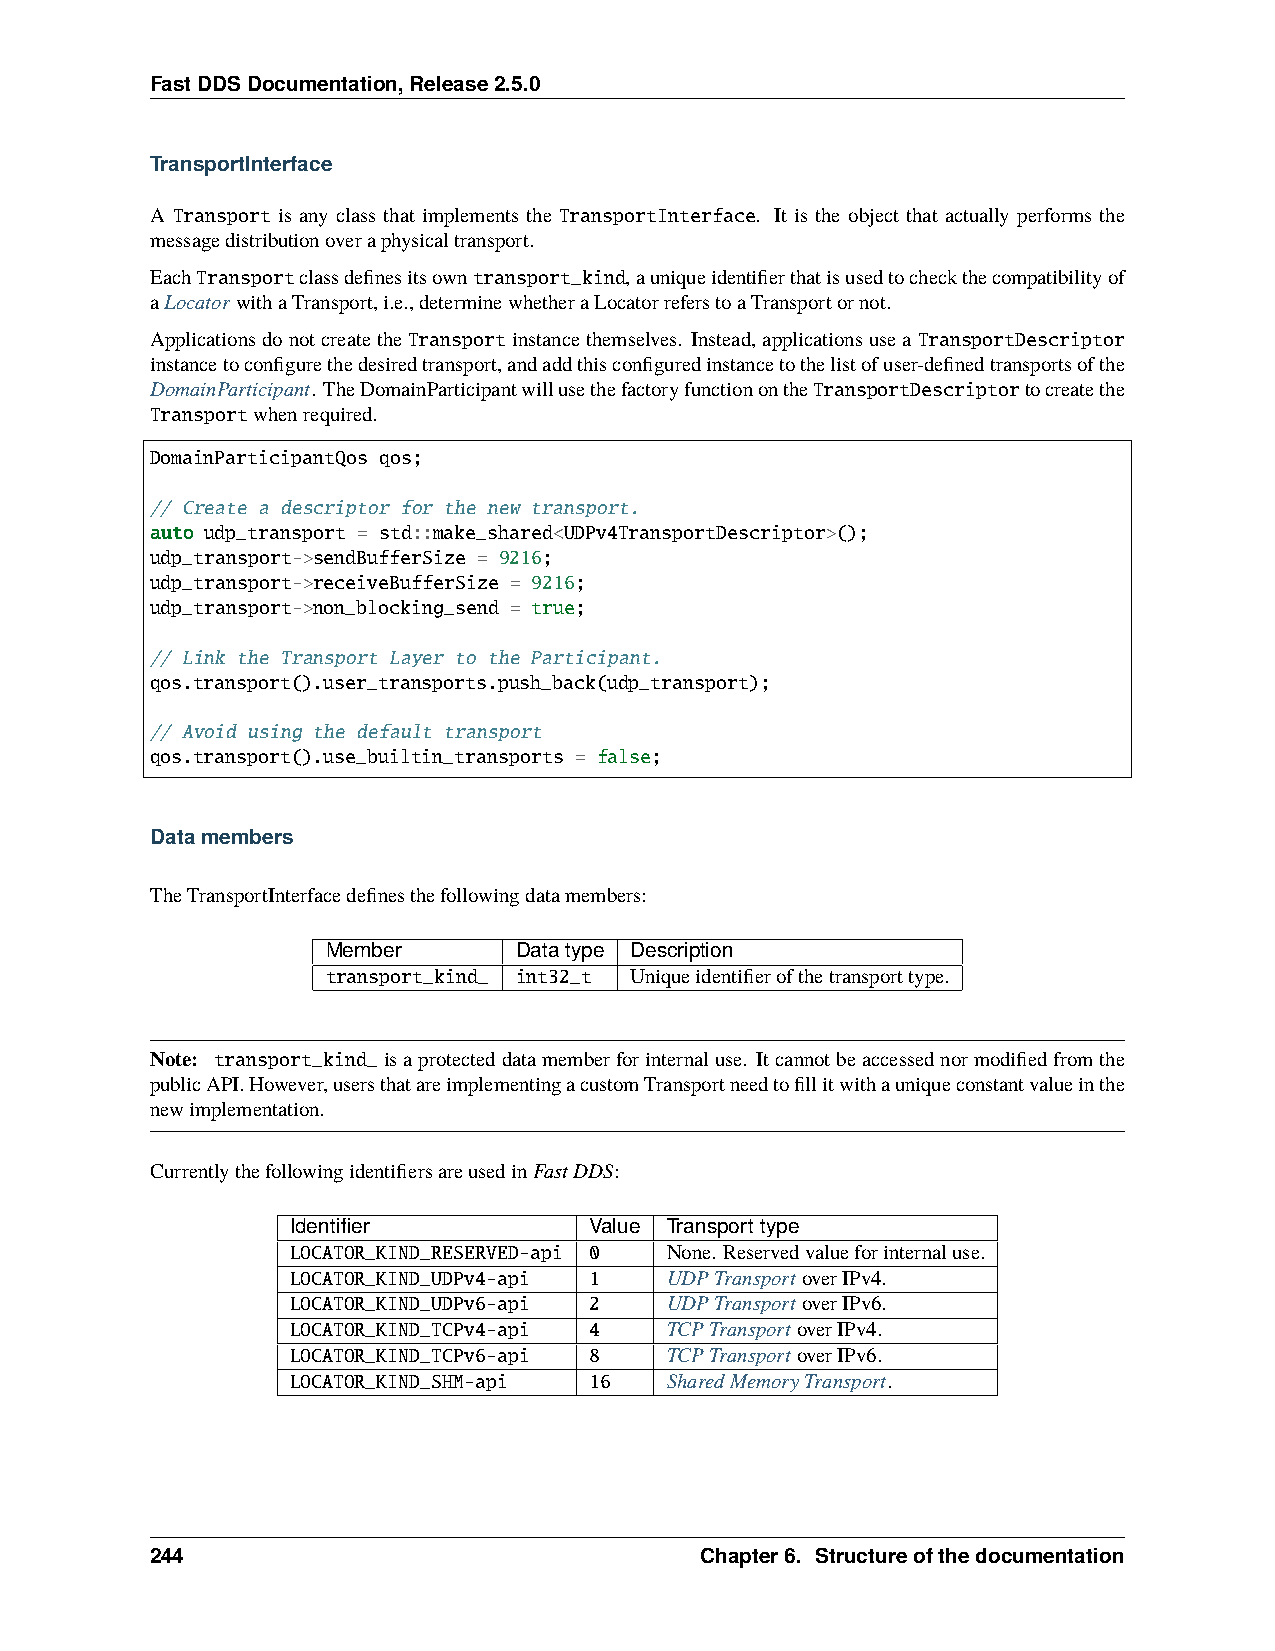
FastDDSDocumentation,Release2.5.0
 TransportInterface
 A Transport is any class that implements the TransportInterface. It is the object that actually performs the
 messagedistributionoveraphysicaltransport.
 EachTransportclassdefinesitsowntransport_kind,auniqueidentifierthatisusedtocheckthecompatibilityof
 aLocatorwithaTransport,i.e.,determinewhetheraLocatorreferstoaTransportornot.
 ApplicationsdonotcreatetheTransportinstancethemselves. Instead,applicationsusea TransportDescriptor
 instancetoconfigurethedesiredtransport,andaddthisconfiguredinstancetothelistofuser-definedtransportsofthe
 DomainParticipant. TheDomainParticipantwillusethefactoryfunctionontheTransportDescriptortocreatethe
 Transportwhenrequired.
 DomainParticipantQos qos;
 // Create a descriptor for the new transport.
 auto udp_transport = std::make_shared<UDPv4TransportDescriptor>();
 udp_transport->sendBufferSize = 9216;
 udp_transport->receiveBufferSize = 9216;
 udp_transport->non_blocking_send = true;
 // Link the Transport Layer to the Participant.
 qos.transport().user_transports.push_back(udp_transport);
 // Avoid using the default transport
 qos.transport().use_builtin_transports = false;
 Datamembers
 TheTransportInterfacedefinesthefollowingdatamembers:
 Member      Datatype Description
 transport_kind_ int32_t Uniqueidentifierofthetransporttype.
 Note: transport_kind_isaprotecteddatamemberforinternaluse. Itcannotbeaccessednormodifiedfromthe
 publicAPI.However,usersthatareimplementingacustomTransportneedtofillitwithauniqueconstantvalueinthe
 newimplementation.
 CurrentlythefollowingidentifiersareusedinFastDDS:
 Identifier          Value Transporttype
 LOCATOR_KIND_RESERVED-api 0 None. Reservedvalueforinternaluse.
 LOCATOR_KIND_UDPv4-api 1 UDPTransportoverIPv4.
 LOCATOR_KIND_UDPv6-api 2 UDPTransportoverIPv6.
 LOCATOR_KIND_TCPv4-api 4 TCPTransportoverIPv4.
 LOCATOR_KIND_TCPv6-api 8 TCPTransportoverIPv6.
 LOCATOR_KIND_SHM-api 16  SharedMemoryTransport.
 244                                 Chapter6. Structureofthedocumentation